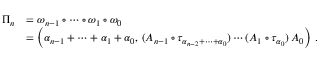
\begin{array} { r l } { \Pi _ { n } } & { = \omega _ { n - 1 } \circ \cdots \circ \omega _ { 1 } \circ \omega _ { 0 } } \\ & { = \left( \alpha _ { n - 1 } + \cdots + \alpha _ { 1 } + \alpha _ { 0 } , \, ( A _ { n - 1 } \circ \tau _ { \alpha _ { n - 2 } + \cdots + \alpha _ { 0 } } ) \cdots ( A _ { 1 } \circ \tau _ { \alpha _ { 0 } } ) \, A _ { 0 } \right) \, . } \end{array}